Regulations for the medical services of the Army of India
Year: 1930
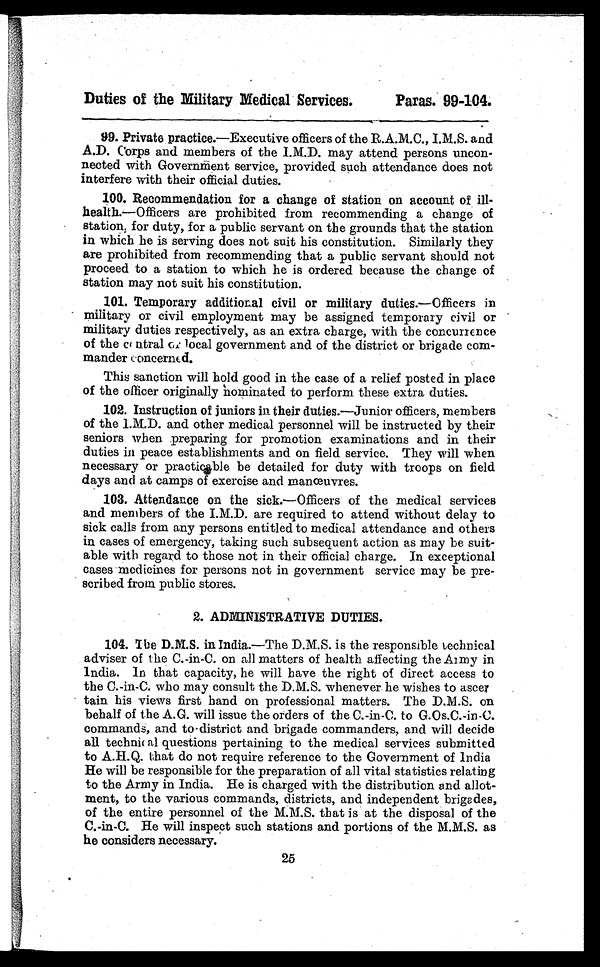
Duties of the Military Medical Services.
Paras. 99-104.
99. Private practice. —Executive officers of the R.A.M.C., I.M.S. and
A.D. Corps and members of the I.M.D. may attend persons uncon-
nected with Government service, provided such attendance does not
interfere with their official duties.
100. Recommendation for a change of station on account of ill-
health.—Officers are prohibited from recommending a change of
station, for duty, for a public servant on the grounds that the station
in which he is serving does not suit his constitution. Similarly they
are prohibited from recommending that a public servant should not
proceed to a station to which he is ordered because the change of
station may not suit his constitution.
101. Temporary additional civil or military duties.—Officers in
military or civil employment may be assigned temporary civil or
military duties respectively, as an extra charge, with the concurrence
of the central or local government and of the district or brigade com-
mander concerned.
This sanction will hold good in the case of a relief posted in place
of the officer originally nominated to perform these extra duties.
102. Instruction of juniors in their duties.— Junior officers, members
of the I.M.D. and other medical personnel will be instructed by their
seniors when preparing for promotion examinations and in their
duties in peace establishments and on field service. They will when
necessary or practicable be detailed for duty with troops on field
days and at camps of exercise and manœuvres.
103. Attendance on the sick.— Officers of the medical services
and members of the I.M.D. are required to attend without delay to
sick calls from any persons entitled to medical attendance and others
in cases of emergency, taking such subsequent action as may be suit-
able with regard to those not in their official charge. In exceptional
cases medicines for persons not in government service may be pre-
scribed from public stores.
2. ADMINISTRATIVE DUTIES.
104.
The D.M.S. in India.— The D.M.S. is the responsible technical
adviser of the C.-in-C. on all matters of health affecting the Army in
India. In that capacity, he will have the right of direct access to
the C.-in-C. who may consult the D.M.S. whenever he wishes to ascer
tain his views first hand on professional matters. The D.M.S. on
behalf of the A.G. will issue the orders of the C.-in-C. to G.Os.C.-in-C.
commands, and to district and brigade commanders, and will decide
all technical questions pertaining to the medical services submitted
to A.H.Q. that do not require reference to the Government of India
He will be responsible for the preparation of all vital statistics relating
to the Army in India. He is charged with the distribution and allot-
ment, to the various commands, districts, and independent brigades,
of the entire personnel of the M.M.S. that is at the disposal of the
C.-in-C. He will inspect such stations and portions of the M.M.S. as
he considers necessary.
25